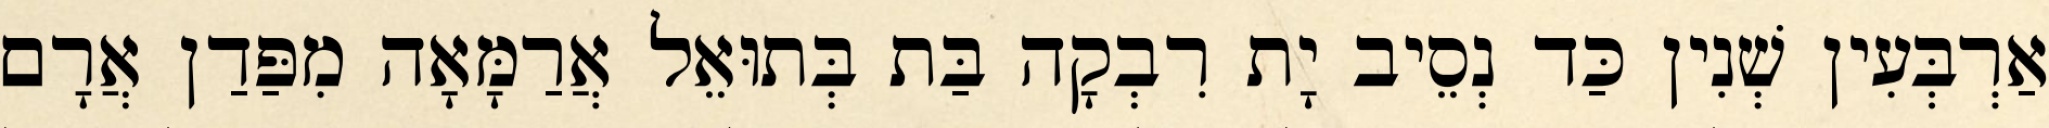
אַרְבְּעִין שְׁנִין כַּד נְסֵיב יָת רִבְקָה בַּת בְּתוּאֵל אֲרַמָּאָה מִפַּדַן אֲרָם